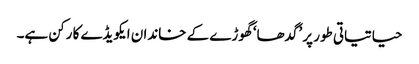
حیاتیاتی طور پر ’گدھا‘ گھوڑے کے خاندان ایکویڈے کا رکن ہے۔